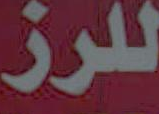
للرز